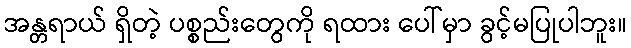
အန္တရာယ် ရှိတဲ့ ပစ္စည်းတွေကို ရထား ပေါ်မှာ ခွင့်မပြုပါဘူး။